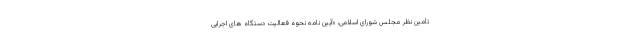
تأمین نظر مجلس شورای اسلامی، «آیین نامه نحوه فعالیت دستگاه های اجرایی